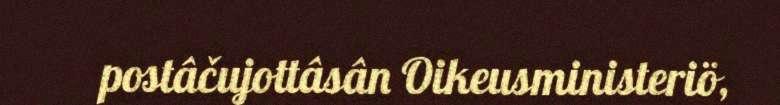
postâčujottâsân Oikeusministeriö,